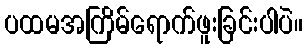
ပထမအကြိမ်ရောက်ဖူးခြင်းပါပဲ။